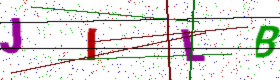
Text: JILB